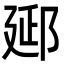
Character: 郔